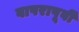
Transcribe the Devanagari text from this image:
वापरापूर्वी